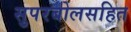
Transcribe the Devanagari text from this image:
सुपरबोलसहित